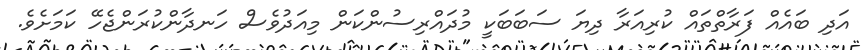
އަދި ބައެއް ފަރާތްތައް ކުރިއަރާ ދިޔަ ސަބަބަކީ މުދައްރިސުންކަން މިއަދުވެސް ހަނދާންކުރަންޖެހޭ ކަމަށެވެ.